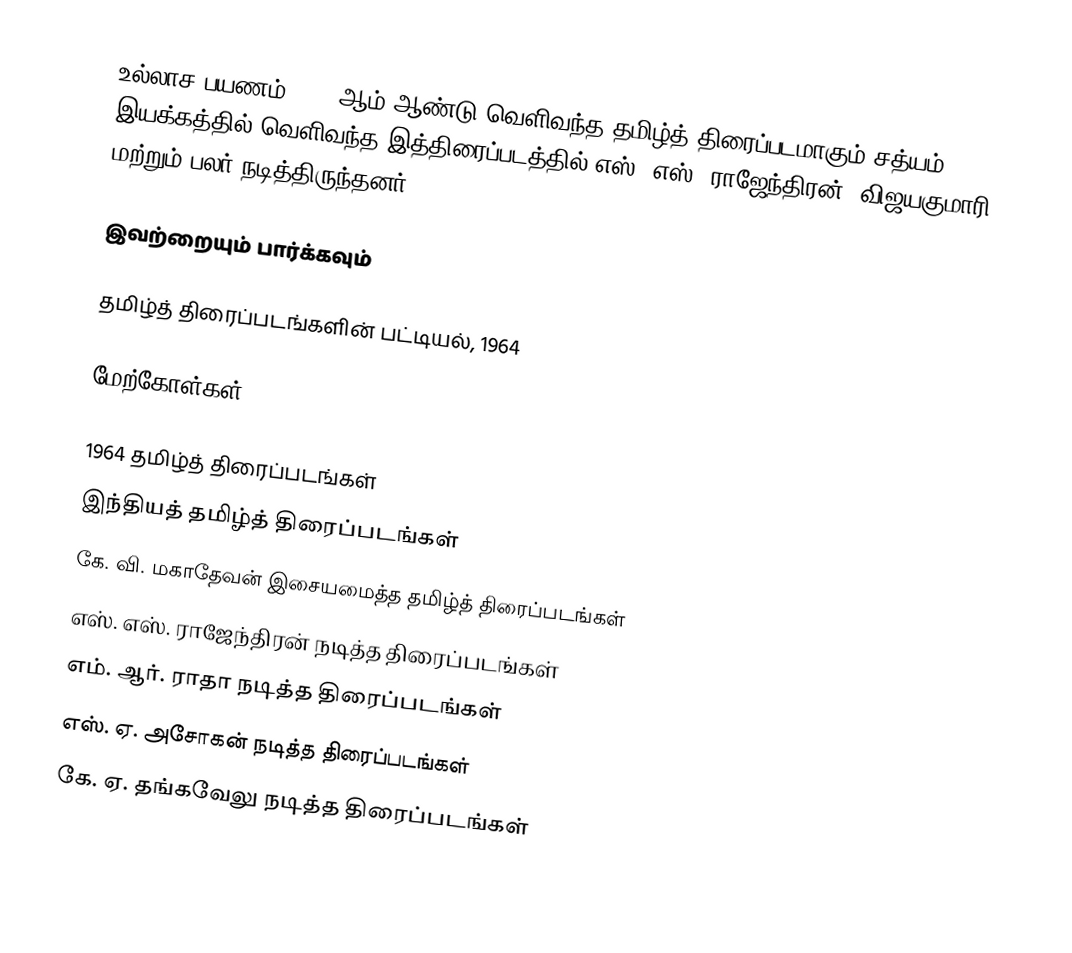
உல்லாச பயணம் 1964 ஆம் ஆண்டு வெளிவந்த தமிழ்த் திரைப்படமாகும்.சத்யம் இயக்கத்தில் வெளிவந்த இத்திரைப்படத்தில் எஸ். எஸ். ராஜேந்திரன், விஜயகுமாரி மற்றும் பலர் நடித்திருந்தனர்.

இவற்றையும் பார்க்கவும்

 தமிழ்த் திரைப்படங்களின் பட்டியல், 1964

மேற்கோள்கள்

1964 தமிழ்த் திரைப்படங்கள்
இந்தியத் தமிழ்த் திரைப்படங்கள்
கே. வி. மகாதேவன் இசையமைத்த தமிழ்த் திரைப்படங்கள்
எஸ். எஸ். ராஜேந்திரன் நடித்த திரைப்படங்கள்
எம். ஆர். ராதா நடித்த திரைப்படங்கள்
எஸ். ஏ. அசோகன் நடித்த திரைப்படங்கள்
கே. ஏ. தங்கவேலு நடித்த திரைப்படங்கள்